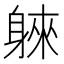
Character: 𲄣